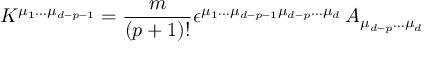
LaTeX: K ^ { \mu _ { 1 } \dots \mu _ { d - p - 1 } } = { \frac { m } { ( p + 1 ) ! } } \epsilon ^ { \mu _ { 1 } \dots \mu _ { d - p - 1 } \mu _ { d - p } \dots \mu _ { d } } \, A _ { \mu _ { d - p } \dots \mu _ { d } }